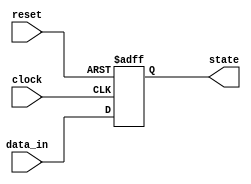
module async_reset_block (
    input wire reset,     // Asynchronous reset signal
    input wire clock,     // Clock signal
    input wire [7:0] data_in, // Example input data to update the state
    output reg [7:0] state // Output state of the circuit
);

    // Define the reset value
    parameter RESET_VALUE = 8'b00000000;

    // Always block for asynchronous reset and clock-driven logic
    always @ (posedge clock or posedge reset) begin
        if (reset) begin
            // Reset the state to the predefined reset value
            state <= RESET_VALUE;
        end else begin
            // Update state on the rising edge of the clock
            // Implement your state update logic here
            state <= data_in; // Example: update state with input data
        end
    end

endmodule